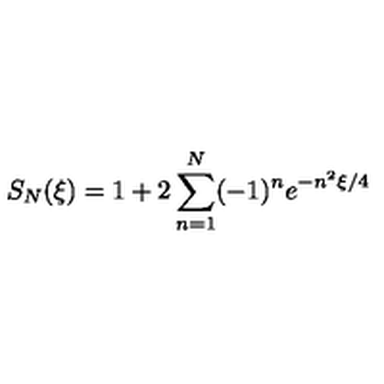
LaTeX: S _ { N } ( \xi ) = 1 + 2 \sum _ { n = 1 } ^ { N } ( - 1 ) ^ { n } e ^ { - n ^ { 2 } \xi / 4 }